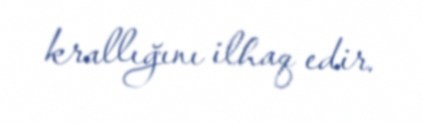
krallığını ilhaq edir.